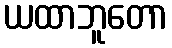
ယထာဘူတော